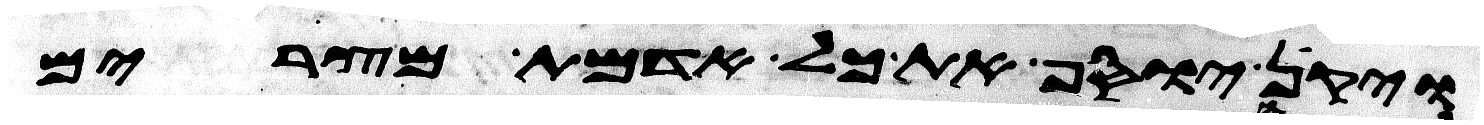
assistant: ויקן יוסף את כל אדמת מצרים